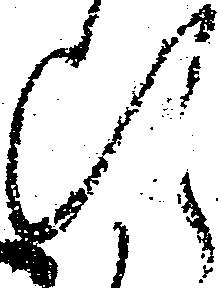
断